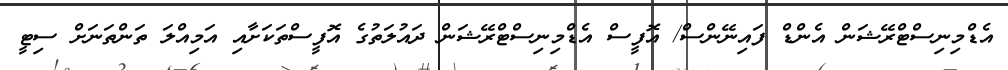
އެޑްމިނިސްޓްރޭޝަން އެންޑް ފައިނޭންސް/ އޮފީސް އެޑްމިނިސްޓްރޭޝަން ދައުލަތުގެ އޮފީސްތަކަށާއި އަމިއްލަ ތަންތަނަށް ސިޓީ